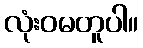
လုံးဝမတူပါ။